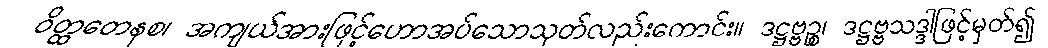
ဝိတ္ထတေနစ၊ အကျယ်အားဖြင့်ဟောအပ်သောသုတ်လည်းကောင်း။ ဒဋ္ဌဗ္ဗဉ္စ၊ ဒဋ္ဌဗ္ဗသဒ္ဒါဖြင့်မှတ်၍